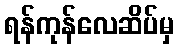
ရန်ကုန်လေဆိပ်မှ